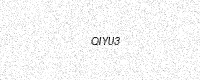
Text: QIYU3